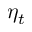
\eta _ { t }